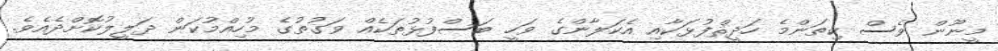
މީނޫން ވެސް ކިތަންމެ ހަދީޘްފުޅަކާއި އެކަލާންގެ ވަހީ ބަސްފުޅުތަކެއް ވަގުތުގެ މުހިއްމުކަން ދަލީލުކޮށްދެއެވެ.